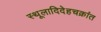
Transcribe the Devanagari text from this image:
स्थूलादिदेहचक्रांत